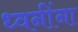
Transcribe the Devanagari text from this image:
ध्वनींना